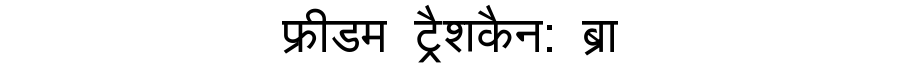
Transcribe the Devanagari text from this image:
फ्रीडम ट्रैशकैन: ब्रा